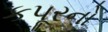
કપૂરનો